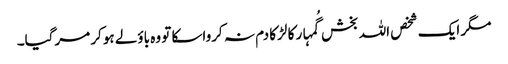
مگر ایک شخص اللہ بخش گُمہار کا لڑکا دم نہ کرواسکا تو وہ باؤلے ہوکر مرگیا۔